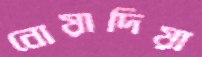
নোয়াদিয়া